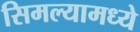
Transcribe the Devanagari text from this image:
सिमल्यामध्ये